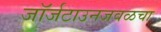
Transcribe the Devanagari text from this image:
जॉर्जटाउनजवळचा